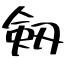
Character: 剱